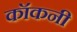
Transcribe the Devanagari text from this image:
कॉकनी